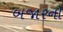
બજારનો